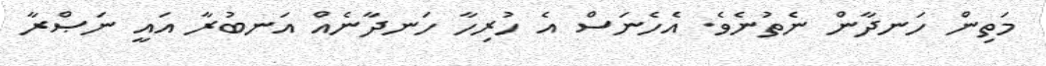
މަތިން ހަނދާން ނެތުނެވެ. އެހެނަސް އެ ހުރިހާ ހަނދާނެއް އަނބުރާ އައީ ނަޞްރާ